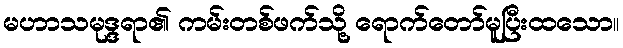
မဟာသမုဒ္ဒရာ၏ ကမ်းတစ်ဖက်သို့ ရောက်တော်မူပြီးထသော။